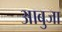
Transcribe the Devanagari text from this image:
आबुजा